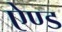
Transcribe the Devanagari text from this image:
एेण्ड